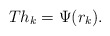
\begin{align*}T h_k = \Psi(r_k).\end{align*}